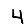
Digit: 4